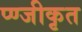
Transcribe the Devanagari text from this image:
प्ण्जीकृत